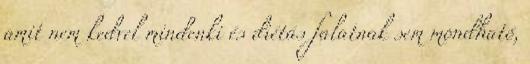
amit nem kedvel mindenki és diétás falatnak sem mondható,